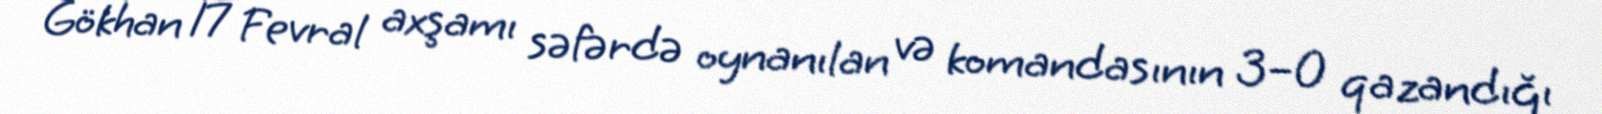
Gökhan 17 Fevral axşamı səfərdə oynanılan və komandasının 3–0 qazandığı